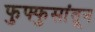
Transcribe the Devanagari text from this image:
फुफ्फुसांतून